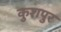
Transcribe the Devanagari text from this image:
कुशपुर